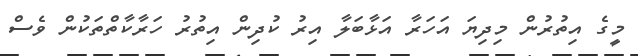
މީގެ އިތުރުން މިދިޔަ އަހަރާ އަޅާބަލާ އިރު ކުދިން އިތުރު ހަރާކާތްތަކުން ވެސް